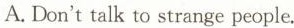
A. Don't talk to strange people.